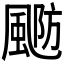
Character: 𱃂